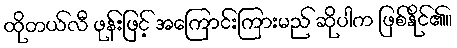
ထိုတယ်လီ ဖုန်းဖြင့် အကြောင်းကြားမည် ဆိုပါက ဖြစ်နိုင်၏။